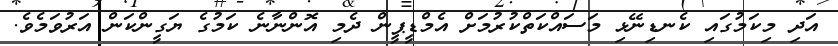
އަދި މިކަމުގައި ކެނޑިނޭޅި މަސައްކަތްކުރުމަށް އެމްޑީޕީން ދެމި އޮންނާނެ ކަމުގެ ޔަގީންކަން އަރުވަމެވެ.